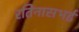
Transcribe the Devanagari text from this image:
रतिनासभई